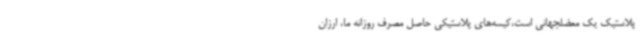
پلاستیک یک معضلجهانی است،کیسه‌های پلاستیکی حاصل مصرف روزانه ما، ارزان